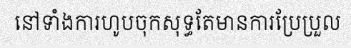
នៅទាំងការហូបចុកសុទ្ធតែមានការប្រែប្រួល